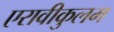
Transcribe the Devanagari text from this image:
एरावीकुलम